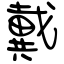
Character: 戴